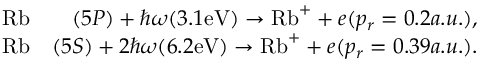
\begin{array} { r l r } & { \mathrm { R b } } & { ( 5 P ) + \hbar \omega ( 3 . 1 \mathrm { { e V } } ) \rightarrow \mathrm { { R b } } ^ { + } + e ( p _ { r } = 0 . 2 a . u . ) , } \\ & { \mathrm { R b } } & { ( 5 S ) + 2 \hbar \omega ( 6 . 2 \mathrm { { e V } } ) \rightarrow { \mathrm { R b } } ^ { + } + e ( p _ { r } = 0 . 3 9 a . u . ) . } \end{array}